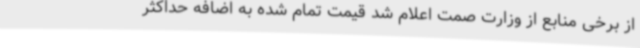
از برخی منابع از وزارت صمت اعلام شد قیمت تمام شده به اضافه حداکثر